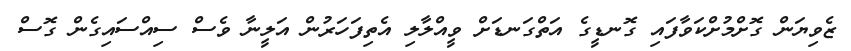
ޒެވިޔަން ގޮށްމުށްކަވާފައި ގޮނޑީގެ އަތްގަނޑަށް ވީއްލާލި އެތިފަހަރުން އަލީނާ ވެސް ސިއްސައިގެން ގޮސް